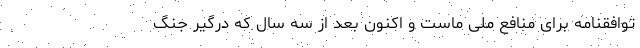
توافقنامه برای منافع ملی ماست و اکنون بعد از سه سال که درگیر جنگ